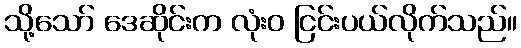
သို့သော် ဒေဆိုင်းက လုံးဝ ငြင်းပယ်လိုက်သည်။